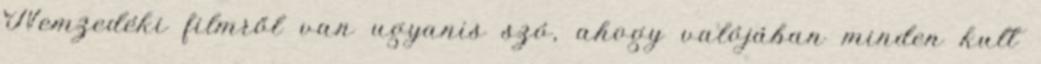
Nemzedéki filmről van ugyanis szó, ahogy valójában minden kult